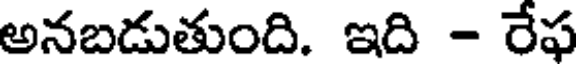
అనబడుతుంది. ఇది - రేఫ